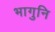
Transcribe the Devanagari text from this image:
भागुनि